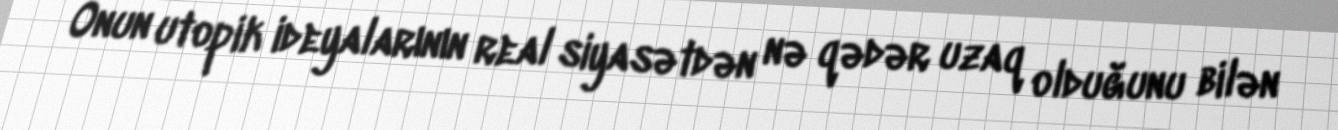
Onun utopik ideyalarının real siyasətdən nə qədər uzaq olduğunu bilən